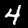
Digit: 4